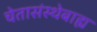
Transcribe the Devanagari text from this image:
चेतासंस्थेबाह्य